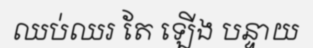
ឈប់ឈរ តែ ឡើង បន្ទាយ